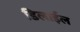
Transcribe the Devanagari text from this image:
डिलाईल